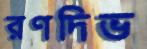
রণদিভ